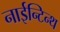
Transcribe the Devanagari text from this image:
नाईन्टिन्थ